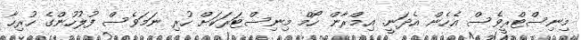
މިނިސްޓްރީވެސް އެހެން އެދަނީ. އިމްރާން ހޯމް މިނިސްޓަރަކަށް ހުރި ނަމަވެސް ފުލުހުންގެ ހުރިހާ